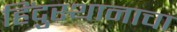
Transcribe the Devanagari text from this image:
हिंदुस्थानाचा